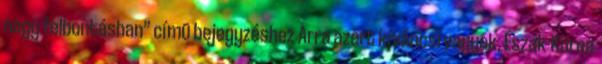
nagy felbontásban” címû bejegyzéshez Arra azért kíváncsi vagyok, Észak-Korea